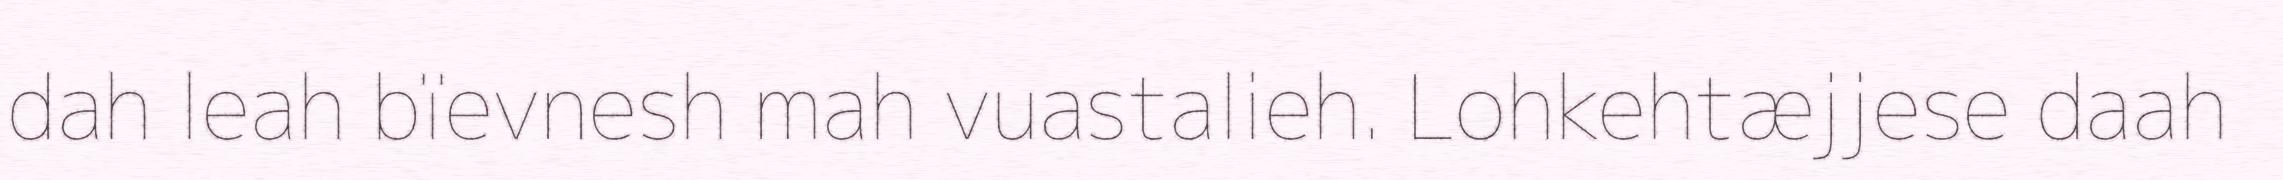
dah leah bïevnesh mah vuastalieh. Lohkehtæjjese daah